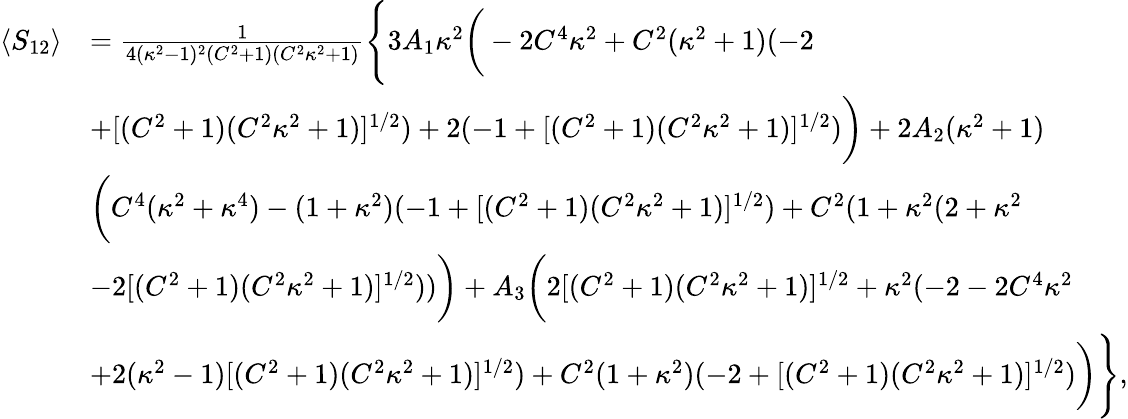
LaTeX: \begin{array}{rl}{\langle S_{12}\rangle}&{=\frac{1}{4(\kappa^{2}-1)^{2}(C^{2}+1)(C^{2}\kappa^{2}+1)}\Bigg\{ 3A_{1}\kappa^{2}\bigg(-2C^{4}\kappa^{2}+C^{2}(\kappa^{2}+1)(-2}\\ &{+[(C^{2}+1)(C^{2}\kappa^{2}+1)]^{1/2})+2(-1+[(C^{2}+1)(C^{2}\kappa^{2}+1)]^{1/2})\bigg)+2A_{2}(\kappa^{2}+1)}\\ &{\bigg(C^{4}(\kappa^{2}+\kappa^{4})-(1+\kappa^{2})(-1+[(C^{2}+1)(C^{2}\kappa^{2}+1)]^{1/2})+C^{2}(1+\kappa^{2}(2+\kappa^{2}}\\ &{-2[(C^{2}+1)(C^{2}\kappa^{2}+1)]^{1/2}))\bigg)+A_{3}\bigg(2[(C^{2}+1)(C^{2}\kappa^{2}+1)]^{1/2}+\kappa^{2}(-2-2C^{4}\kappa^{2}}\\ &{+2(\kappa^{2}-1)[(C^{2}+1)(C^{2}\kappa^{2}+1)]^{1/2})+C^{2}(1+\kappa^{2})(-2+[(C^{2}+1)(C^{2}\kappa^{2}+1)]^{1/2})\bigg)\Bigg\} ,}\end{array}